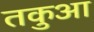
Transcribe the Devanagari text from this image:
तकुआ